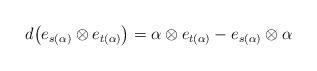
LaTeX: \begin{align*} d \big( e_{s(\alpha)} \otimes e_{t(\alpha)} \big) = \alpha \otimes e_{t(\alpha)} - e_{s(\alpha)} \otimes \alpha\end{align*}